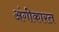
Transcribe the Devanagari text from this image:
अंगीकारत